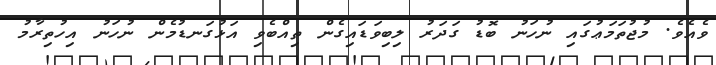
ވެއެވެ. މުޖުތަމަޢުގައި ނުހަނު ބޮޑު ގަދަރު ލިބިވަޑައިގެން ތިއްބެވި އަޅުގަނޑުމެން ނުހަނު އިހުތިރާމު